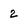
Character: 2